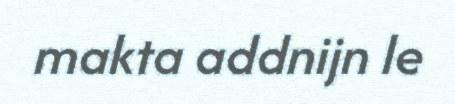
makta addnijn le